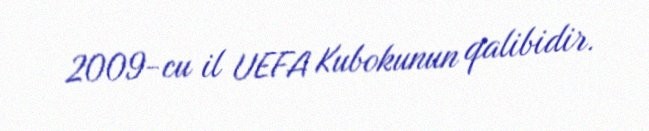
2009-cu il UEFA Kubokunun qalibidir.